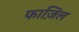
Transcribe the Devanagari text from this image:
फाज़िल